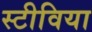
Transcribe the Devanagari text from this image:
स्टीविया